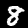
Label: 8